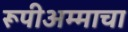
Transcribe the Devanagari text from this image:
रूपीअम्माचा